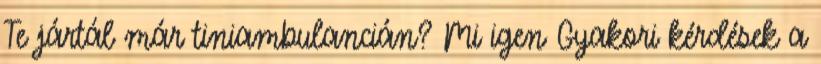
Te jártál már tiniambulancián? Mi igen Gyakori kérdések a